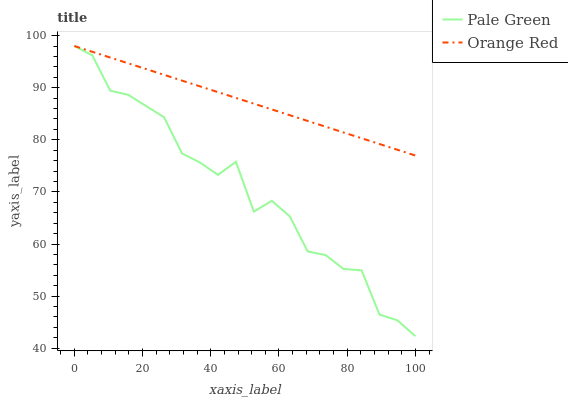
| xaxis_label | Pale Green | Orange Red |
 | --- | --- | --- |
 | 0 | 98 | 98 |
 | 5.26 | 96.2 | 96.9 |
 | 10.5 | 89.4 | 95.8 |
 | 15.8 | 88.6 | 94.7 |
 | 21.1 | 86.5 | 93.6 |
 | 26.3 | 84.3 | 92.5 |
 | 31.6 | 77.4 | 91.4 |
 | 36.8 | 75.6 | 90.3 |
 | 42.1 | 73.3 | 89.1 |
 | 47.4 | 75.8 | 88 |
 | 52.6 | 66.2 | 86.9 |
 | 57.9 | 68.3 | 85.8 |
 | 63.2 | 65.3 | 84.7 |
 | 68.4 | 58.6 | 83.6 |
 | 73.7 | 57.9 | 82.5 |
 | 78.9 | 55.2 | 81.4 |
 | 84.2 | 54.9 | 80.3 |
 | 89.5 | 46.5 | 79.2 |
 | 94.7 | 45.3 | 78.1 |
 | 100 | 42.3 | 77 |